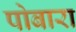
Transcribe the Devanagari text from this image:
पोबारा